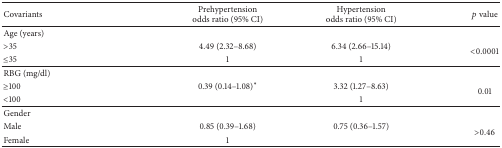
<table><thead><tr><td><b>Covariants</b></td><td><b>Prehypertension odds ratio (95% CI)</b></td><td><b>Hypertensionodds ratio (95% CI)</b></td><td><b><i>p</i> value</b></td></tr></thead><tbody><tr><td>Age (years)</td><td> </td><td> </td><td> </td></tr><tr><td>&gt;35</td><td>4.49 (2.32–8.68)</td><td>6.34 (2.66–15.14)</td><td rowspan="2">&lt;0.0001</td></tr><tr><td>≤35</td><td>1</td><td>1</td></tr><tr><td>RBG (mg/dl)</td><td> </td><td> </td><td> </td></tr><tr><td>≥100</td><td>0.39 (0.14–1.08)<sup><i>∗</i></sup></td><td>3.32 (1.27–8.63)</td><td rowspan="2">0.01</td></tr><tr><td>&lt;100</td><td> </td><td>1</td></tr><tr><td>Gender</td><td> </td><td> </td><td> </td></tr><tr><td>Male</td><td>0.85 (0.39–1.68)</td><td>0.75 (0.36–1.57)</td><td rowspan="2">&gt;0.46</td></tr><tr><td>Female</td><td>1</td><td> </td></tr></tbody></table>